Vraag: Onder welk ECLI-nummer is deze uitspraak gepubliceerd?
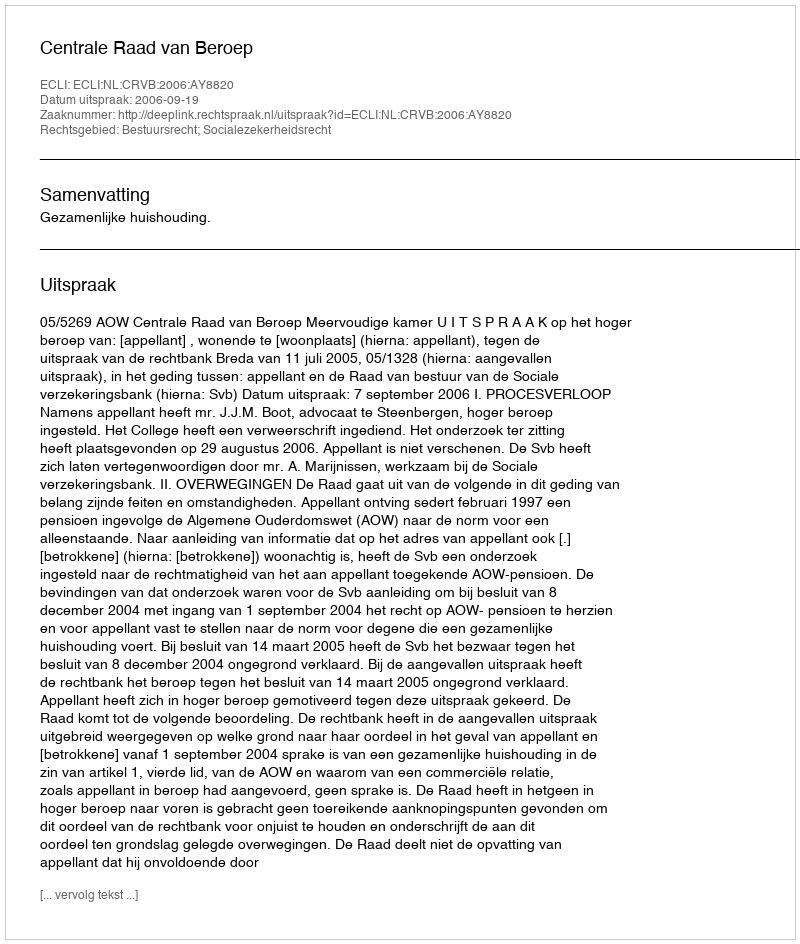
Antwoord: ECLI:NL:CRVB:2006:AY8820